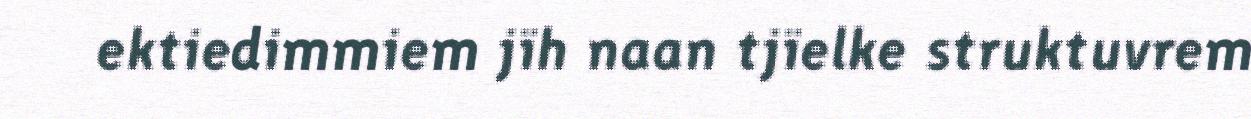
ektiedimmiem jïh naan tjïelke struktuvrem